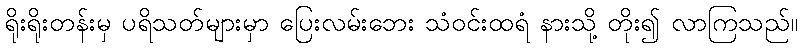
ရိုးရိုးတန်းမှ ပရိသတ်များမှာ ပြေးလမ်းဘေး သံဝင်းထရံ နားသို့ တိုး၍ လာကြသည်။